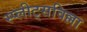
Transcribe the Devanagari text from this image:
स्प्लीट्सविल्ला